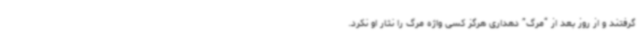
گرفتند و از روز بعد از “مرگ” دهداری هرگز کسی واژه مرگ را نثار او نکرد.